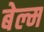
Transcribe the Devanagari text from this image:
बेल्म